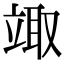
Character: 𥪏